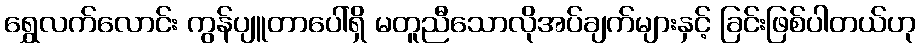
ရွှေလက်လောင်း ကွန်ပျူတာပေါ်ရှိ မတူညီသောလိုအပ်ချက်များနှင့် ခြင်းဖြစ်ပါတယ်ဟု